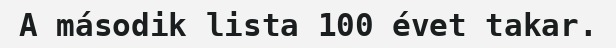
A második lista 100 évet takar.